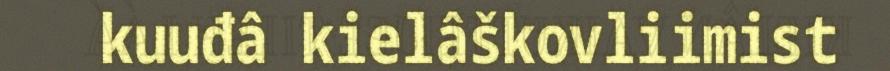
kuuđâ kielâškovliimist